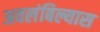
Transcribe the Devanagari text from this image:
अवलंबिल्यास